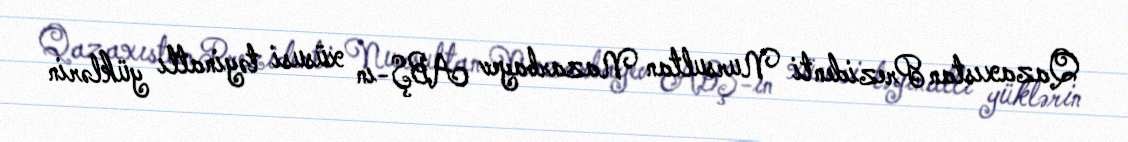
Qazaxıstan Prezidenti Nursultan Nazarbayev ABŞ-ın xüsusi təyinatlı yüklərin